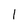
Character: 1